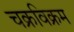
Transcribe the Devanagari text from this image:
चक्रविक्रम